Indian journal of veterinary science and animal husbandry - Volumes 28-29, 1958-1959
Year: 1958
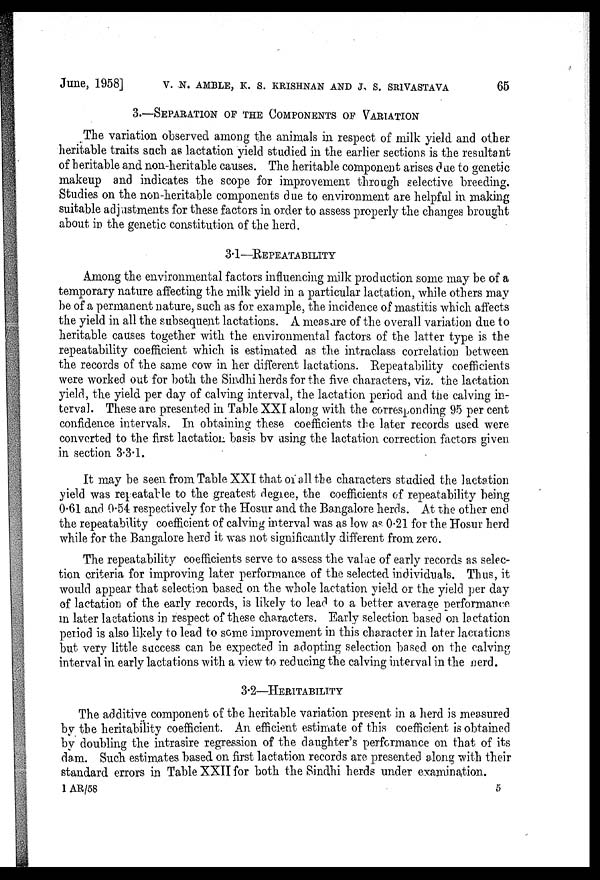
June, 1958] V. N. AMBLE, K. S. KRISHNAN AND J. S. SRIVASTAVA 65
3.—SEPARATION OF THE COMPONENTS OF VARIATION
The variation observed among the animals in respect of milk yield and other
heritable traits such as lactation yield studied in the earlier sections is the resultant
of heritable and non-heritable causes. The heritable component arises due to genetic
makeup and indicates the scope for improvement through selective breeding.
Studies on the non-heritable components due to environment are helpful in making
suitable adjustments for these factors in order to assess properly the changes brought
about in the genetic constitution of the herd.
3.1—REPEATABILITY
Among the environmental factors influencing milk production some may be of a
temporary nature affecting the milk yield in a particular lactation, while others may
be of a permanent nature, such as for example, the incidence of mastitis which affects
the yield in all the subsequent lactations. A measure of the overall variation due to
heritable causes together with the environmental factors of the latter type is the
repeatability coefficient which is estimated as the intraclass correlation between
the records of the same cow in her different lactations. Repeatability coefficients
were worked out for both the Sindhi herds for the five characters, viz. the lactation
yield, the yield per day of calving interval, the lactation period and the calving in-
terval. These are presented in Table XXI along with the corresponding 95 per cent
confidence intervals. In obtaining these coefficients the later records used were
converted to the first lactation basis by using the lactation correction factors given
in section 3.3.1.
It may be seen from Table XXI that of all the characters studied the lactation
yield was repeatable to the greatest degree, the coefficients of repeatability being
0.61 and 0.54 respectively for the Hosur and the Bangalore herds. At the other end
the repeatability coefficient of calving interval was as low as 0.21 for the Hosur herd
while for the Bangalore herd it was not significantly different from zero.
The repeatability coefficients serve to assess the valae of early records as selec-
tion criteria for improving later performance of the selected individuals. Thus, it
would appear that selection based on the whole lactation yield or the yield per day
of lactation of the early records, is likely to lead to a better average performance
in later lactations in respect of these characters. Early selection based on lactation
period is also likely to lead to some improvement in this character in later lactations
but very little success can be expected in adopting selection based on the calving
interval in early lactations with a view to reducing the calving interval in the herd.
3.2—HERITABILITY
The additive component of the heritable variation present in a herd is measured
by the heritability coefficient. An efficient estimate of this coefficient is obtained
by doubling the intrasire regression of the daughter's performance on that of its
dam. Such estimates based on first lactation records are presented along with their
standard errors in Table XXII for both the Sindhi herds under examination.
1 AR/58
5